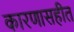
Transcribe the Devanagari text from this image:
कारणासहीत